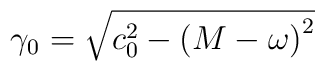
\gamma _0=\sqrt{c_0^2-\left( M-\omega \right) ^2}